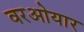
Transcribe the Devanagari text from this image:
वरओयार